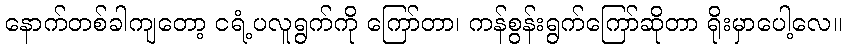
နောက်တစ်ခါကျတော့ ငရံ့ပလူရွက်ကို ကြော်တာ၊ ကန်စွန်းရွက်ကြော်ဆိုတာ ရိုးမှာပေါ့လေ။